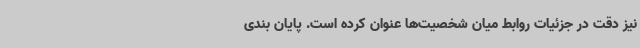
نیز دقت در جزئیات روابط میان شخصیت‌ها عنوان کرده است. پایان بندی